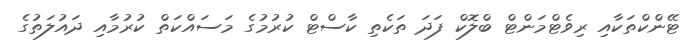
ޓޭންކްތަކާއި ރިވެޓްމަންޓް ބްލޮކް ފަދަ ތަކެތި ކާސްޓް ކުރުމުގެ މަސައްކަތް ކުރުމާއި ދައުލަތުގެ